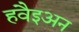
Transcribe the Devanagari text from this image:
हवैइअन